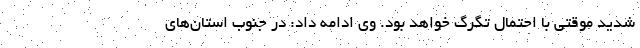
شدید موقتی با احتمال تگرگ خواهد بود. وی ادامه داد: در جنوب استان‌های